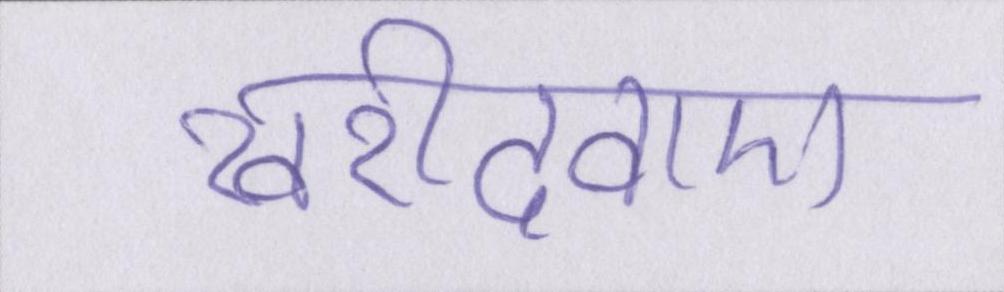
खरीदवाए